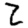
Digit: 2